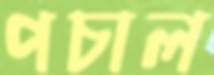
পচাল